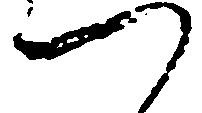
つ